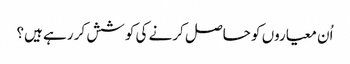
اُن معیاروں کو حاصل کرنے کی کوشش کر رہے ہیں؟